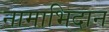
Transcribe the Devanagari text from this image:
नामाभिदान